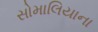
સોમાલિયાના